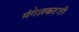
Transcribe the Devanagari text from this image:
मंगेशकरजी